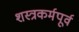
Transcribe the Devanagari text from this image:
शस्त्रकर्मपूर्व